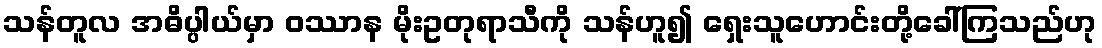
သန်တူလ အဓိပ္ပါယ်မှာ ဝဿာန မိုးဥတုရာသီကို သန်ဟူ၍ ရှေးသူဟောင်းတို့ခေါ်ကြသည်ဟု